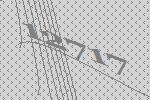
12717